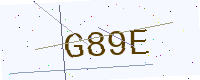
Text: G89E